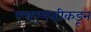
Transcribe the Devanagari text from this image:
एचएमव्हीकडून